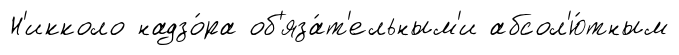
Н'икколо надзо́ра об'яза́т'ельным'и абсол'ю́тным